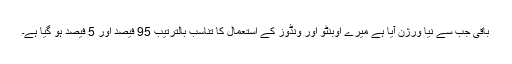
باقی جب سے نیا ورژن آیا ہے میرے اوبنٹو اور ونڈوز کے استعمال کا تناسب بالترتیب 95 فیصد اور 5 فیصد ہو گیا ہے۔